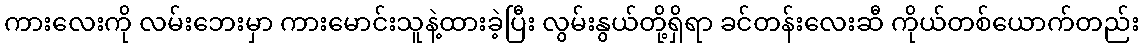
ကားလေးကို လမ်းဘေးမှာ ကားမောင်းသူနဲ့ထားခဲ့ပြီး လွမ်းနွယ်တို့ရှိရာ ခင်တန်းလေးဆီ ကိုယ်တစ်ယောက်တည်း